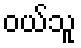
ဝယ်သူ